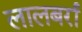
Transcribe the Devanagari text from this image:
लालबर्रा